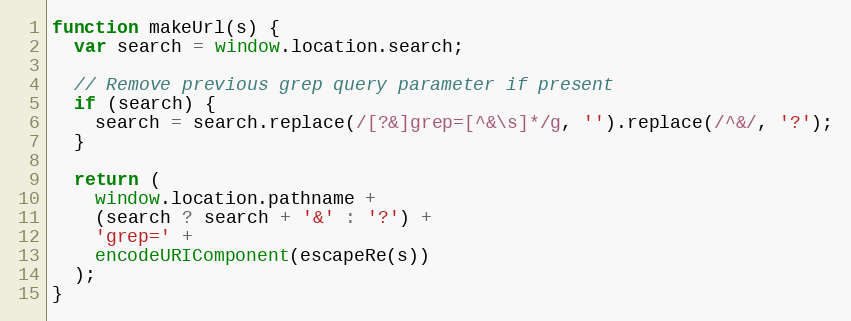
Language: JavaScript
function makeUrl(s) {
  var search = window.location.search;

  // Remove previous grep query parameter if present
  if (search) {
    search = search.replace(/[?&]grep=[^&\s]*/g, '').replace(/^&/, '?');
  }

  return (
    window.location.pathname +
    (search ? search + '&' : '?') +
    'grep=' +
    encodeURIComponent(escapeRe(s))
  );
}